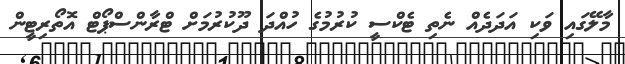
މާލޭގައި ވަކި އަދަދެއް ނެތި ޓެކްސީ ކުރުމުގެ ހުއްދަ ދޫކުރުމަށް ޓްރާންސްޕޯޓް އޮތޯރިޓީން